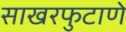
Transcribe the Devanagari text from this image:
साखरफुटाणे